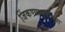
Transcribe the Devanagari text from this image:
जिंकण्यापूर्वीच्या